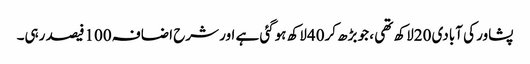
پشاور کی آبادی 20لاکھ تھی ، جو بڑھ کر40لاکھ ہوگئی ہے اور شرح اضافہ 100فیصد رہی۔